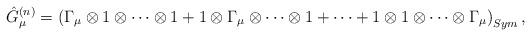
LaTeX: \begin{align*}\hat{G}_{\mu}^{(n)}=\left(\Gamma_{\mu}\otimes 1\otimes \cdots \otimes 1+1\otimes \Gamma_{\mu} \otimes \cdots \otimes 1+\cdots +1\otimes 1\otimes \cdots \otimes \Gamma_{\mu}\right)_{Sym},\end{align*}